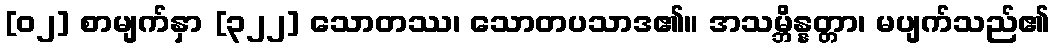
[၀၂] စာမျက်နှာ [၃၂၂] သောတဿ၊ သောတပသာဒ၏။ အသမ္ဘိန္နတ္တာ၊ မပျက်သည်၏